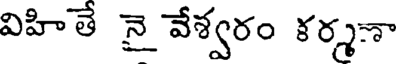
విహితే నై వేశ్వరం కర్మా